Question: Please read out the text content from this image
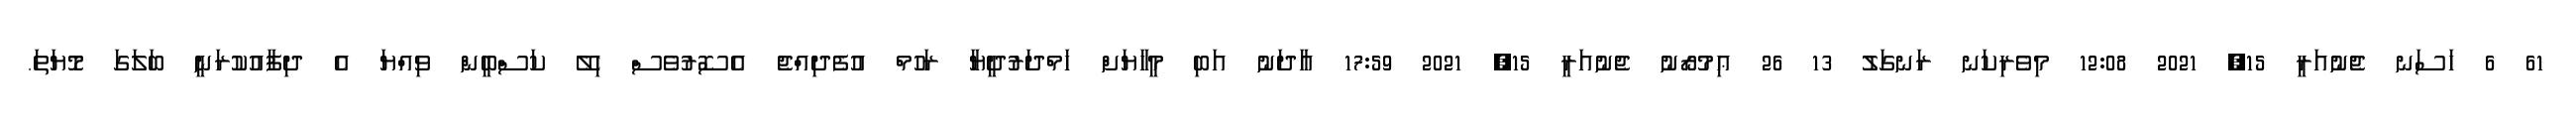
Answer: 61 6 ހަސަނ ޖެނުއަރީ 15, 2021 12:08 މިވެރިކަނ ރަނގަލު 13 26 ޢިމުރޯނު ޖެނުއަރީ 15, 2021 17:59 އާދަނު އަބި މީހާޔަށް ހަމްދަރުދީޔާ ރަހުމް އުފެދިއްޖެ އެސޮރުވެސް ހިލޭ ކަސްބީން ވިއްޔަ އެ ދިފާއުކުރަނީ ބަލަގަ މޮޔަތަ.